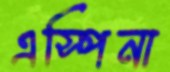
এস্পিনা